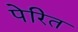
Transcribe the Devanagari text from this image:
पेरित